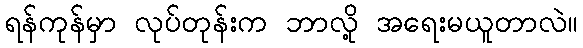
ရန်ကုန်မှာ လုပ်တုန်းက ဘာလို့ အရေးမယူတာလဲ။